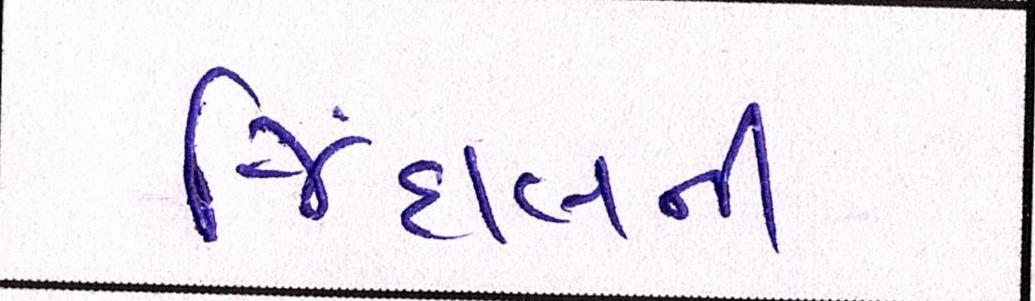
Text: જિંદાલની